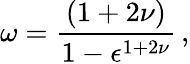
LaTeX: \omega={\frac{(1+2\nu)}{1-\epsilon^{1+2\nu}}}\, ,